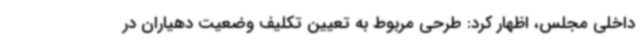
داخلی مجلس، اظهار کرد: طرحی مربوط به تعیین تکلیف وضعیت دهیاران در